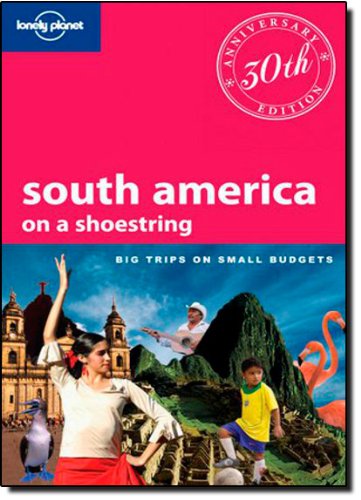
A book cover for Lonely Planet South America: On a Shoestring (Shoestring Travel Guide); Regis St. Louis; Travel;